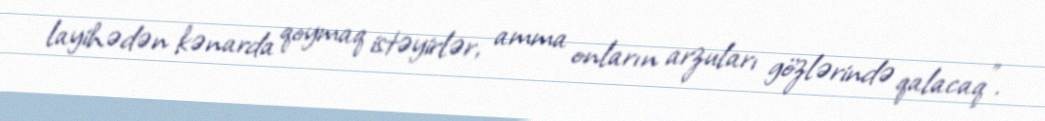
layihədən kənarda qoymaq istəyirlər, amma onların arzuları gözlərində qalacaq”.